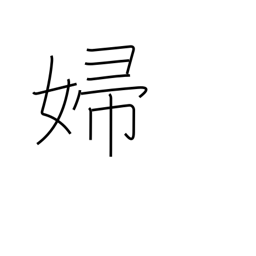
Meaning: bride